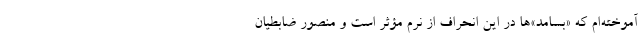
آموخته‌ام که «بسامد»ها در این انحراف از نُرم مؤثر است و منصور ضابطیان